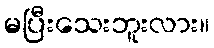
မပြီးသေးဘူးလား။